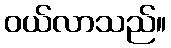
ဝယ်လာသည်။